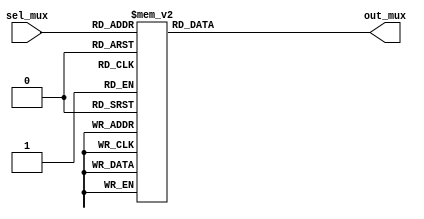
`timescale 1ns / 1ps
//////////////////////////////////////////////////////////////////////////////////
// Company: 
// Engineer: 
// 
// Design Name: 
// Module Name: Mux_EN
// Project Name: 
// Target Devices: 
// Tool Versions: 
// Description: 
// 
// Dependencies: 
// 
// Revision:
// Revision 0.01 - File Created
// Additional Comments:
// 
//////////////////////////////////////////////////////////////////////////////////


module Mux_EN(out_mux,sel_mux);
output reg [31:0]out_mux;
input  [0:4]sel_mux;

always @ (sel_mux or out_mux)
case(sel_mux)
5'b00000: out_mux=32'b00000000000000000000000000000001;
5'b00001: out_mux=32'b00000000000000000000000000000010;
5'b00010: out_mux=32'b00000000000000000000000000000100;
5'b00011: out_mux=32'b00000000000000000000000000001000;
5'b00100: out_mux=32'b00000000000000000000000000010000;
5'b00101: out_mux=32'b00000000000000000000000000100000;
5'b00110: out_mux=32'b00000000000000000000000001000000;
5'b00111: out_mux=32'b00000000000000000000000010000000;
5'b01000: out_mux=32'b00000000000000000000000100000000;
5'b01001: out_mux=32'b00000000000000000000001000000000;
5'b01010: out_mux=32'b00000000000000000000010000000000;
5'b01011: out_mux=32'b00000000000000000000100000000000;
5'b01100: out_mux=32'b00000000000000000001000000000000;
5'b01101: out_mux=32'b00000000000000000010000000000000;
5'b01110: out_mux=32'b00000000000000000100000000000000;
5'b01111: out_mux=32'b00000000000000001000000000000000;
5'b10000: out_mux=32'b00000000000000010000000000000000;
5'b10001: out_mux=32'b00000000000000100000000000000000;
5'b10010: out_mux=32'b00000000000001000000000000000000;
5'b10011: out_mux=32'b00000000000010000000000000000000;
5'b10100: out_mux=32'b00000000000100000000000000000000;
5'b10101: out_mux=32'b00000000001000000000000000000000;
5'b10110: out_mux=32'b00000000010000000000000000000000;
5'b10111: out_mux=32'b00000000100000000000000000000000;
5'b11000: out_mux=32'b00000001000000000000000000000000;
5'b11001: out_mux=32'b00000010000000000000000000000000;
5'b11010: out_mux=32'b00000100000000000000000000000000;
5'b11011: out_mux=32'b00001000000000000000000000000000;
5'b11100: out_mux=32'b00010000000000000000000000000000;
5'b11101: out_mux=32'b00100000000000000000000000000000;
5'b11110: out_mux=32'b01000000000000000000000000000000;
5'b11111: out_mux=32'b10000000000000000000000000000000;
endcase
endmodule